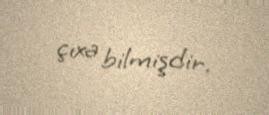
çıxa bilmişdir.